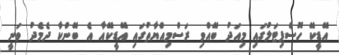
އޭޑީކޭ ހޮސްޕިޓަލުގައި މިއަދު ބޭއްވި ރަސްމިއްޔާތުގައި އޭޑީކޭއާ އެ ބޭންކާ ދެމެދު ވަނީ